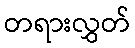
တရားလွှတ်